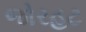
જોરહટ